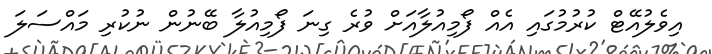
އިވެލުއޭޓް ކުރުމުގައި އެއް ފޯމިއުލާއަށް ވުރެ ގިނަ ފޯމިއުލާ ބޭނުން ނުކުރި މައްސަލަ